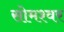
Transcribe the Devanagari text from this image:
सोमश्वर